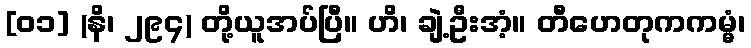
[၀၁] (နိ၊ ၂၉၄) တို့ယူအပ်ပြီ။ ဟိ၊ ချဲ့ဦးအံ့။ တီဟေတုကကမ္မံ၊